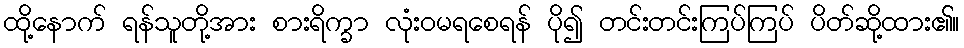
ထို့နောက် ရန်သူတို့အား စားရိက္ခာ လုံးဝမရစေရန် ပို၍ တင်းတင်းကြပ်ကြပ် ပိတ်ဆို့ထား၏။